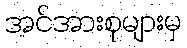
အင်အားစုများမှ